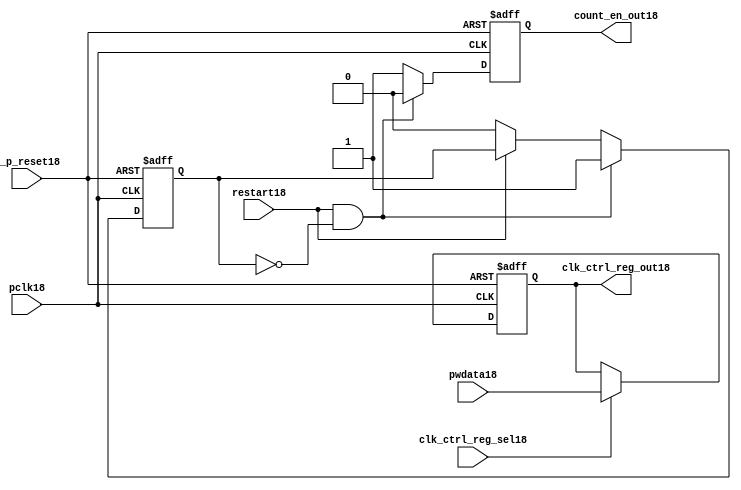
//File18 name   : ttc_count_rst_lite18.v
//Title18       : 
//Created18     : 1999
//Description18 : TTC18 counter reset block
//Notes18       : 
//----------------------------------------------------------------------
//   Copyright18 1999-2010 Cadence18 Design18 Systems18, Inc18.
//   All Rights18 Reserved18 Worldwide18
//
//   Licensed18 under the Apache18 License18, Version18 2.0 (the
//   "License18"); you may not use this file except18 in
//   compliance18 with the License18.  You may obtain18 a copy of
//   the License18 at
//
//       http18://www18.apache18.org18/licenses18/LICENSE18-2.0
//
//   Unless18 required18 by applicable18 law18 or agreed18 to in
//   writing, software18 distributed18 under the License18 is
//   distributed18 on an "AS18 IS18" BASIS18, WITHOUT18 WARRANTIES18 OR18
//   CONDITIONS18 OF18 ANY18 KIND18, either18 express18 or implied18.  See
//   the License18 for the specific18 language18 governing18
//   permissions18 and limitations18 under the License18.
//----------------------------------------------------------------------

module ttc_count_rst_lite18(

  //inputs18
  n_p_reset18,                             
  pclk18, 
  pwdata18,                                                           
  clk_ctrl_reg_sel18,
  restart18,        

  //outputs18
  count_en_out18,
  clk_ctrl_reg_out18

  );


//-----------------------------------------------------------------------------
// PORT DECLARATIONS18
//-----------------------------------------------------------------------------

   // inputs18
   input n_p_reset18;                 // Reset18 signal18
   input pclk18;                    // APB18 System18 clock18
   input [6:0] pwdata18;           // 7-Bit18 pwdata18 from APB18 interface
   input clk_ctrl_reg_sel18;        // Select18 for the clk_ctrl_reg18
   input restart18;                 // Restart18 reset from cntr_ctrl_reg18

   // outputs18
   output count_en_out18;
   output [6:0] clk_ctrl_reg_out18; // Controls18 clock18 selected


//-----------------------------------------------------------------------------
// Internal Signals18 & Registers18
//-----------------------------------------------------------------------------


   
   reg [6:0]    clk_ctrl_reg18;     //7-bit clock18 control18 register.
   
   reg          restart_var18;      //ensures18 prescaler18 reset at start of restart18 
   
   reg          count_en18;         //enable signal18 to counter

   
   wire [6:0]   clk_ctrl_reg_out18; //clock18 control18 output wire
   wire         count_en_out18;     //counter enable output
   
   
//-----------------------------------------------------------------------------
// Logic18 Section18:


//
//    p_clk_ctrl18: Process18 to implement the clk_ctrl_reg18.  
//                When18 select18 line is set then18 the data will be inserted18 to 
//                the clock18 control18 register, otherwise18 it will be equal18 to 
//                the previous value of the register, else it will be zero.
//-----------------------------------------------------------------------------

   assign clk_ctrl_reg_out18  = clk_ctrl_reg18;
   assign count_en_out18      = count_en18;


//    p_ps_counter18: counter for clock18 enable generation18.
   
   always @(posedge pclk18 or negedge n_p_reset18)
   begin: p_ps_counter18
      
      if (!n_p_reset18)
      begin
         restart_var18  <= 1'b0;
         count_en18     <= 1'b0;
      end
      else
      begin
         if (restart18 & ~restart_var18)
         begin
            restart_var18  <= 1'b1;
            count_en18     <= 1'b0;
         end 
         
         else 
           begin
              
              if (~restart18)
                 restart_var18 <= 1'b0;
              else
                 restart_var18 <= restart_var18;
                 
              count_en18     <= 1'b1;        
              
           end
      end // else: !if(!n_p_reset18)      
  
   end  //p_ps_counter18



// p_clk_ctrl18 : Process18 for writing to the clk_ctrl_reg18
   
   always @ (posedge pclk18 or negedge n_p_reset18)
   begin: p_clk_ctrl18
      
      if (!n_p_reset18)
         clk_ctrl_reg18 <= 7'h00;
      else
      begin 

         if (clk_ctrl_reg_sel18)
            clk_ctrl_reg18 <= pwdata18;
         else
            clk_ctrl_reg18 <= clk_ctrl_reg18;

      end 
      
   end  //p_clk_ctrl18

   
endmodule